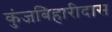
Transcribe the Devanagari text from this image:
कुंजबिहारीदास